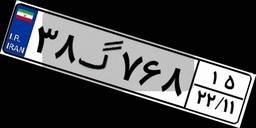
۳۸گ۷۶۸۱۵